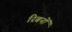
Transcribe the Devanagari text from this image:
रिबनों